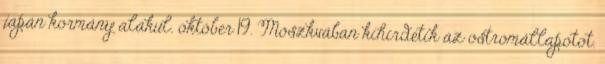
japán kormány alakul. október 19. Moszkvában kihirdetik az ostromállapotot.